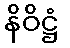
နိဝိဋ္ဌံ